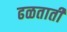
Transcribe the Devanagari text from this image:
ढळताती